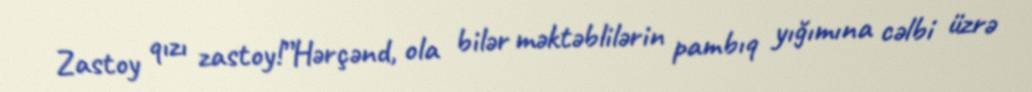
Zastoy qızı zastoy!”Hərçənd, ola bilər məktəblilərin pambıq yığımına cəlbi üzrə